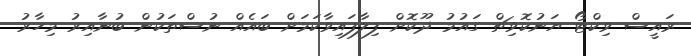
ރައީސް ވިކްޓޯ ޔަނުކޮވިޗް ގައުމު ދޫކޮށް ފިލާފައިވާކަމަށް ބައެއް ނުސްތަކުން ބުނާއިރު މިހާރު